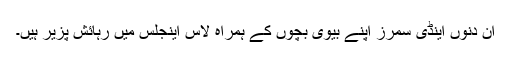
ان دنوں اینڈی سمرز اپنے بیوی بچوں کے ہمراہ لاس اینجلس میں رہائش پزیر ہیں۔